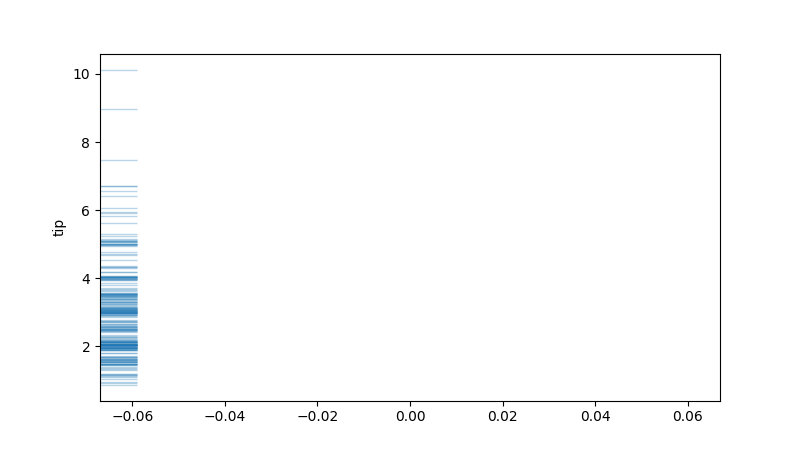
python, seaborn, rugplot, height=0.06, axis='y', alpha=0.3